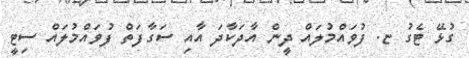
ގުޅޭ ޓެގު ޏ. ފުވައްމުލައް ދީން އާދަކާދަ އާއި ސަގާފަތް ފުވައްމުލައް ސިޓީ